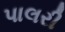
પાલરી